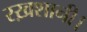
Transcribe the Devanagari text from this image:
रख़शानी।